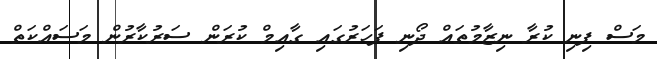
މަސް ފިނި ކުރާ ނިޒާމުތައް ދޯނި ފަހަރުގައި ގާއިމް ކުރަން ސަރުކާރުން މަސައްކަތް